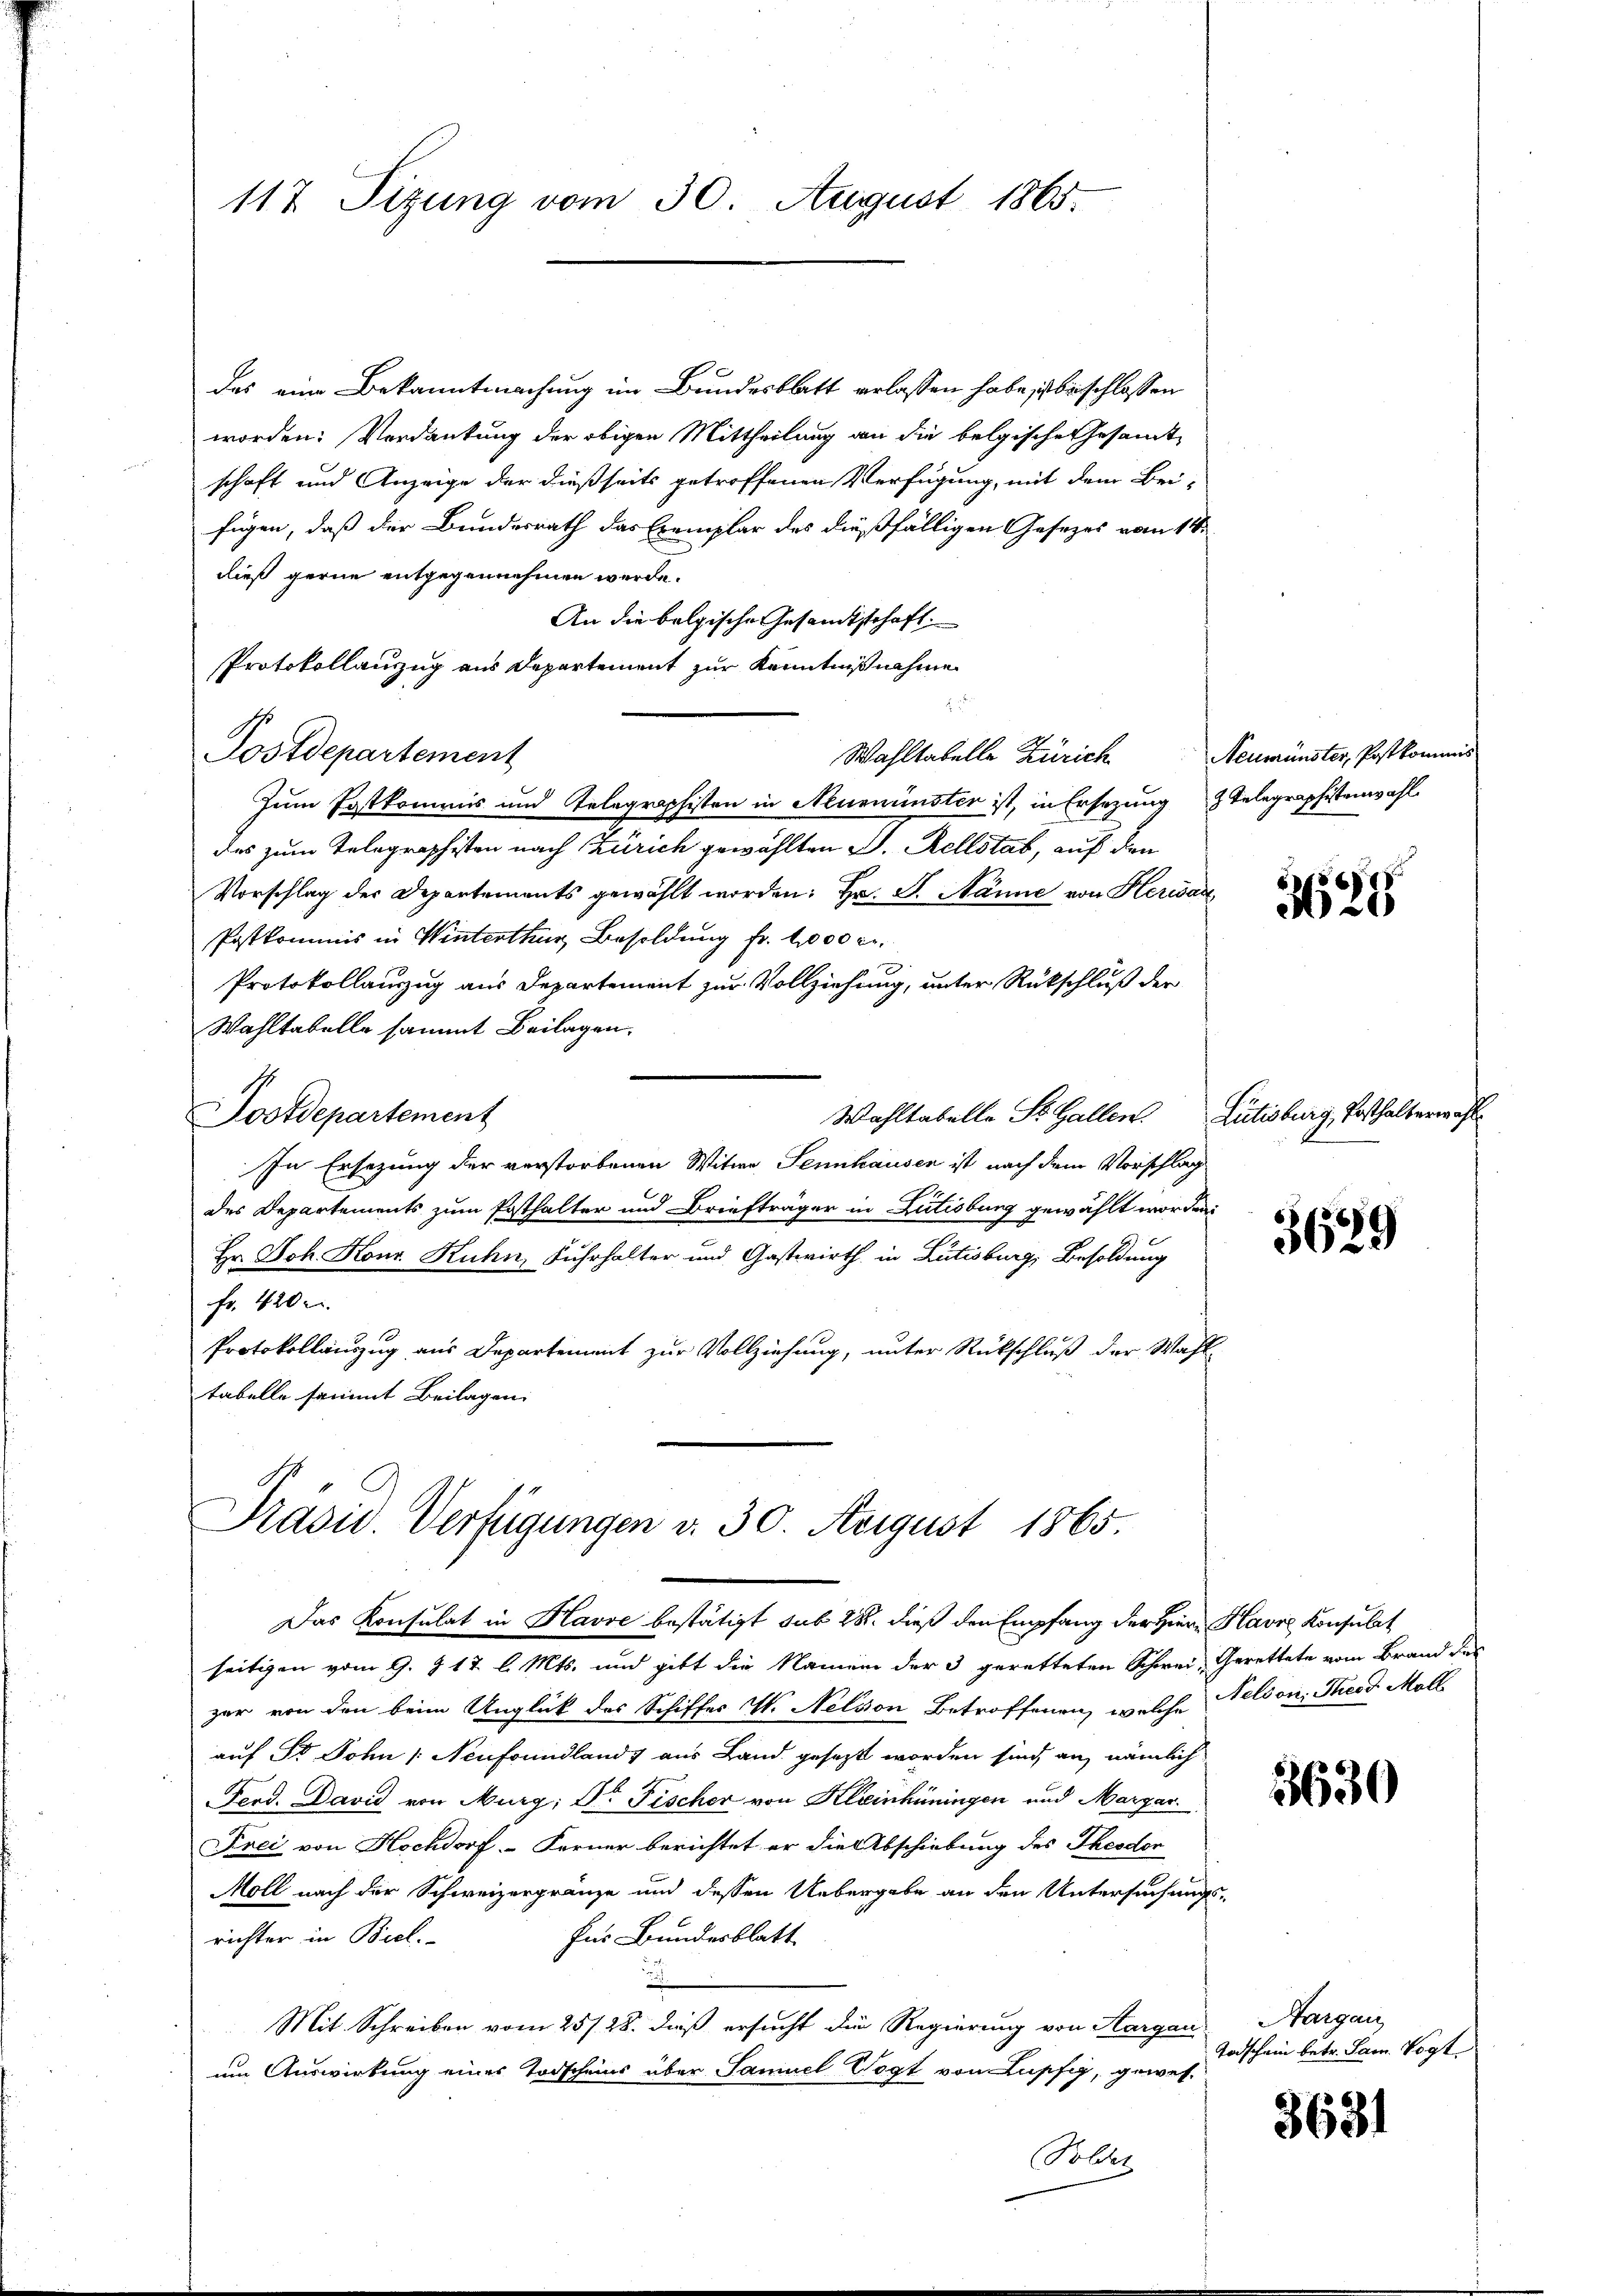
117 Sizung vom 30. August 1865.

das eine Bekanntmachung im Bundesblatt erlassen habe, ist beschlossen
worden: Verdankung der obigen Mittheilung an die belgische Gesamt-
schaft und Anzeige der dießseits getroffenen Verfügung, mit dem Bei-
fügen, daß der Bundesrath das Exemplar des dießfälligen Gesezes vom 18.
dieß gerne entgegennehmen werde.
An die belgische Gesandtschaft.
Protokollauzug aus Departement zur Kenntnißnahme

Postdepartement
Wahltabelle Zürich
Zum Postkommnis und Telegraphisten in Neueninster ist, in Ersezung Telegraphistenwahl
das zum Telegraphisten nach Zürich gewählten D. Rellstab, auf den
Vorschlag der Departements gewählt worden: Hr. S. Manne von Herwar
Postkommis in Winterthur Besoldung fr. 1000 Fr.
Protokollauzug aus Departement zur Vollziehung, unter Rückschluß der
Wahltabelle sammt Beilagen.
Wahltabelle St. Gallen. Lütisburg, Posthalterwahl
Postdepartement
In Ersezung der verstorbenen Witwe Sennhausen ist nach dem Vorschlag
des Departements zum Posthalter und Briefträger in Lutisburg gewählt worden.
Hr. Joh. Konr. Kuhn, Fuhrhalter und Gastwirth in Lütisburg, Besoldung
fr. 420.
Protokollauszug aus Departement zur Vollziehung, unter Rückschluß der Wahl-
tabelle sammt Beilagen.

Präsid. Verfügungen v. 30. August 1865.
Das Konsulat in Havre bestätigt sub 28. dieß den Empfang der Hiern Havre Konsulat
seitigen vom 9. 917 l. Mts. und gibt die Namen der 3 geretteten Schwei, Gerettete vom Brand des

zer von den beim Unglück des Schiffes V. Nelvon Betroffenen, welche Nelson: Theod Möll
auf St. John /: Neufrundland aus Land gesezt worden sind, an, nämlich
Ferd. David von Murg; Dr. Fischer von Kleinhüningen und Margar
Frei von Hochdorf Ferner berichtet er die Abschiebung des Theodor
Moll nach der Schweizergränze und dessen Uebergabe an den Untersuchungs-
richter in Biel.
Für Bundesblatt
.
Mit Schreiben vom 25/28. dieß ersucht die Regierung von Aargau, Aargau
um Auswirkung eines Todscheins über Samuel Vogt von Lupfig, gewes
Polder

Neumünster, Postkommnis

3625

3689

3630

Todschein betr. San. Vogt.

3681